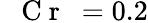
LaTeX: \mathrm{~\textit~{~C~r~}~}{}=0.2